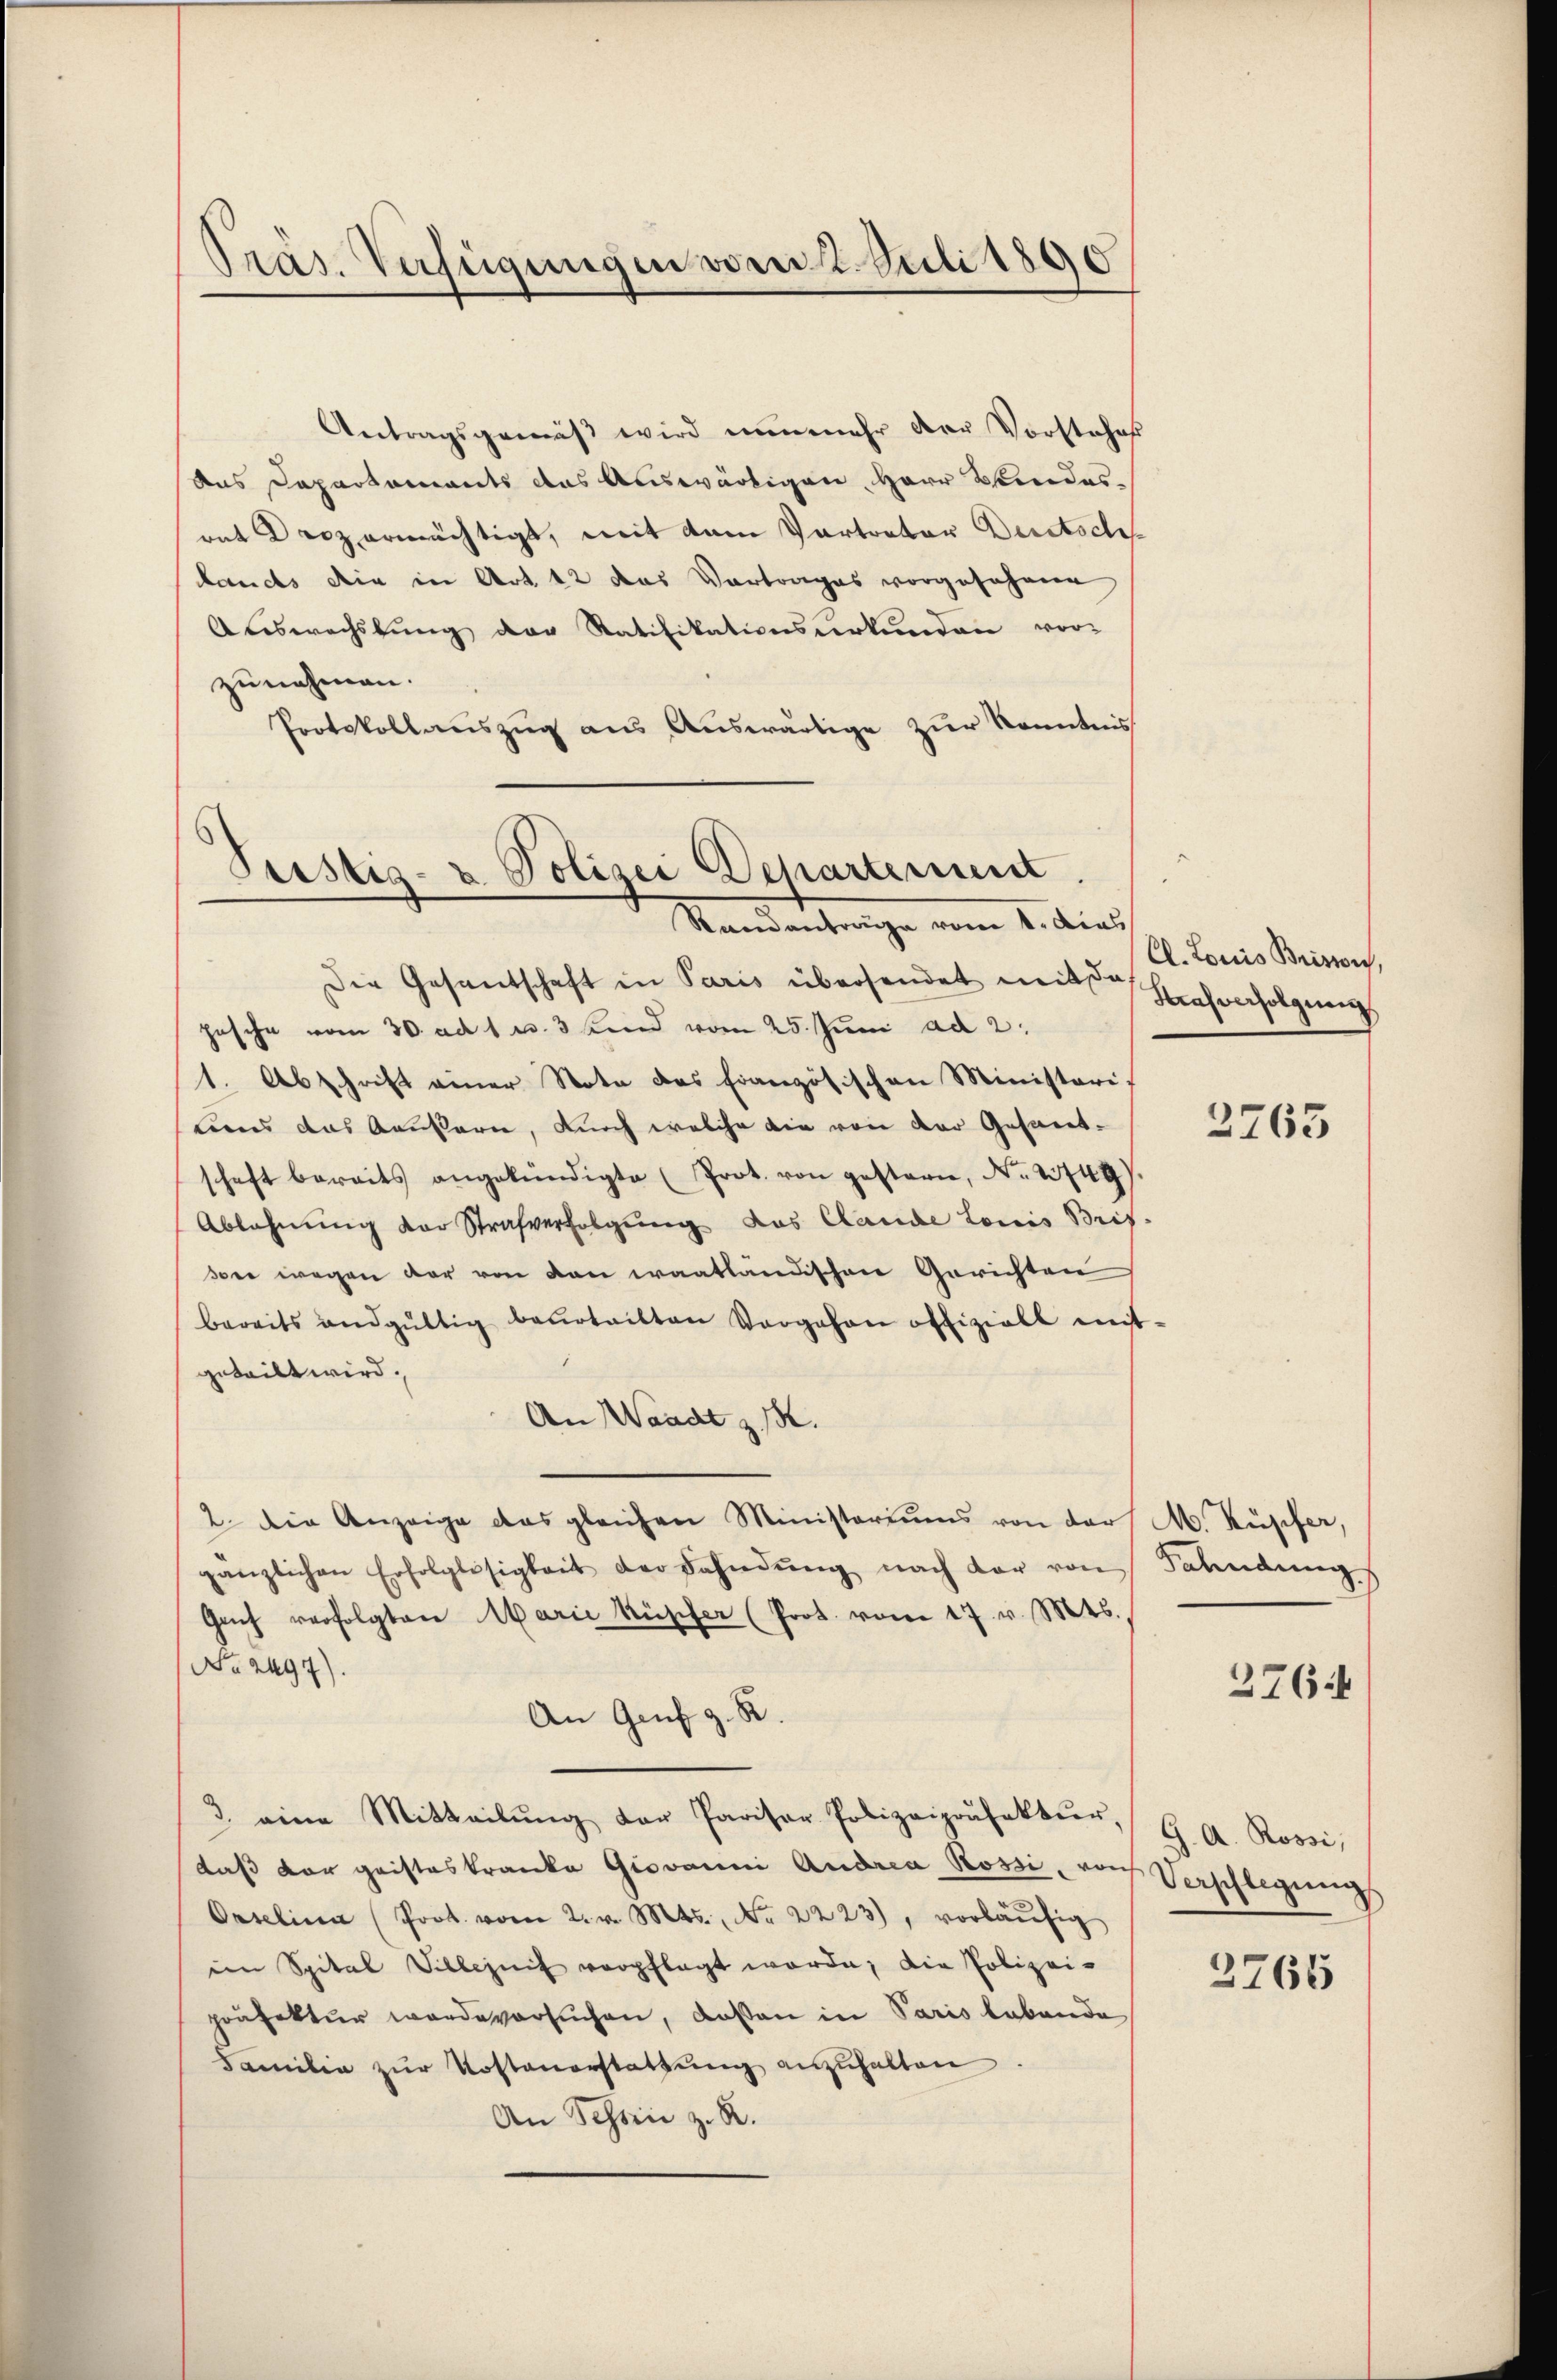
Präs. Verfügungen vom 2. Juli 1890

Antragsgemäβ wird nunmehr der Vorstehes
das Departements das Auswärtigen Herr Kindesrat Droz ermächtigt, mit dem Vertrator Deretsch
Lands die in Art. 12 das Vortrages vorgesehene
Auswechslung der Ratifikationsverkunden vor-
zunehmen.
Protokollauszug aus Auswärtige zur Kenntnis

Peistig- u Polizei Departement
Randantorige vom 1. dies

Die Gesandschaft in Paris übersendet mit Eichenfolgung
pesche vom 30. ad 1 u. 3 und vom 25. Juni ad 2.
1. Abschrift einer Note des Französischen Ministeris
biens das Aeussern, durch welche die von der Gesandschaft bereits angekündigte (Prot. von gestern, No. 2749).
Ablehnung der Strafverfolgung das Cande Louis Brif-
see wegen der von den waatländischen Gerichten
bereits endgültig beurteilten Vorgehen offiziell mit-
geteilt wird;
An Waadt z. B.
2. Die Anzeige das gleichen Ministeriums von der M. Küpfer,
gänzlichen Erfolglosigkeit der Fahndŭng nach dar von Fahndŭngs
Geich verfolgten Marie Rüscher (Prot. vom 17. v. Mts.
No. 2497).
An Genf z. R.
3. eine Mitteilŭng der Pariser Polizeipoŭfektŭr G. A. Rossi,
daß der geisteskranke Giovanni Andrea Rossi, von Verschlegung
Oaselina (Prot. vom 2. v. Mts., Nr. 2223), vorläŭfig
im Spital Villezeit verpflegt worde; die Polizei-
präfektur werde versuchen, deßen in Paris lebende
Familie zur Kostenerstattung anzuhalten
An Schön z. R.

C. Louis Brismus,

2765

376

2766